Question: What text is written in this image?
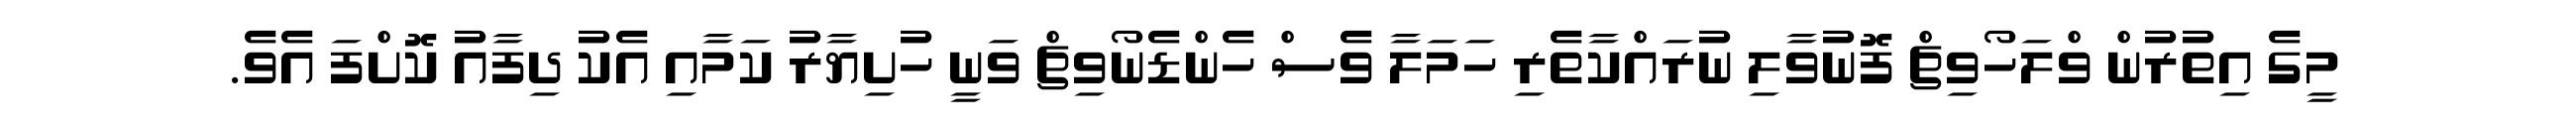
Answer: މީގެ އިތުރުން ވްލަހޯވިޗް ފޮނުވާލި ނުރައްކާތެރި ހަމަލާ ވެސް ހެންޑެނޯވިޗް ވަނީ ހުށިޔާރު ކަމާއި އެކު ދިފާއު ކޮށްފަ އެވެ.